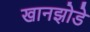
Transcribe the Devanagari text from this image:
खानझोडे